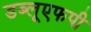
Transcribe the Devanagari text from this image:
डब्लूएफपी